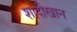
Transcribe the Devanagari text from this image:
शादीखान